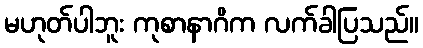
မဟုတ်ပါဘူး ကုစာနာဂိက လက်ခါပြသည်။